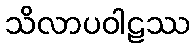
သိလာပဝါဠဿ